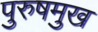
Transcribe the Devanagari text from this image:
पुरुषमुख